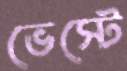
ভেস্টে